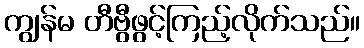
ကျွန်မ တီဗွီဖွင့်ကြည့်လိုက်သည်။